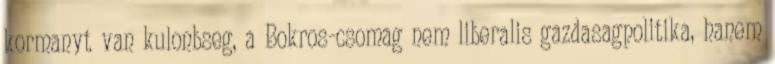
kormanyt van kulonbseg, a Bokros-csomag nem liberalis gazdasagpolitika, hanem